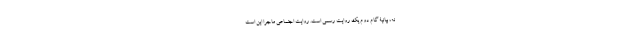
نه، بیانیۀ گام دوم یک روایت رسمی است. روایت اجتماعی ماجرا این است